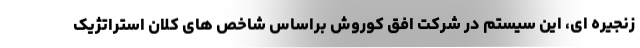
زنجیره ای، این سیستم در شرکت افق کوروش براساس شاخص های کلان استراتژیک